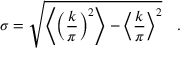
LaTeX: \sigma = \sqrt { \left\langle \left( { \frac { k } { \pi } } \right) ^ { 2 } \right\rangle - \left\langle { \frac { k } { \pi } } \right\rangle ^ { 2 } } \quad .